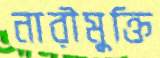
নারীমুক্তি